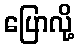
ပြောလို့